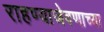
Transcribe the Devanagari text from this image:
राहण्याजेवणाच्या